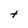
Character: t